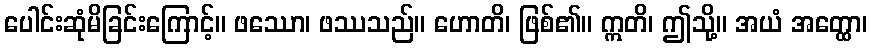
ပေါင်းဆုံမိခြင်းကြောင့်။ ဖဿော၊ ဖဿသည်။ ဟောတိ၊ ဖြစ်၏။ ဣတိ၊ ဤသို့။ အယံ အတ္ထော၊